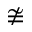
\ncong